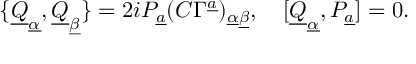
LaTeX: \{ \underline { { Q } } _ { \underline { { \alpha } } } , \underline { { Q } } _ { \underline { { \beta } } } \} = 2 i P _ { \underline { { a } } } ( C \Gamma ^ { \underline { { a } } } ) _ { \underline { { \alpha } } \underline { { \beta } } } , \quad [ \underline { { Q } } _ { \underline { { \alpha } } } , P _ { \underline { { a } } } ] = 0 .